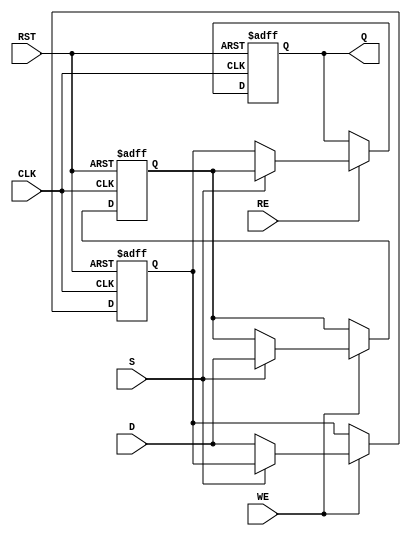
module double_buffer_register #(
    parameter DATA_WIDTH = 8  // Parameter for data width, can be modified as needed
)(
    input wire [DATA_WIDTH-1:0] D,      // Data input
    input wire WE,                       // Write Enable
    input wire RE,                       // Read Enable
    input wire S,                        // Select buffer (0 for Buffer A, 1 for Buffer B)
    input wire CLK,                      // Clock signal
    input wire RST,                      // Reset signal
    output reg [DATA_WIDTH-1:0] Q       // Data output
);

    // Internal registers for Buffer A and Buffer B
    reg [DATA_WIDTH-1:0] buffer_a;
    reg [DATA_WIDTH-1:0] buffer_b;

    // Asynchronous reset and read/write operation on clock edge
    always @(posedge CLK or posedge RST) begin
        if (RST) begin
            // Reset both buffers to zero
            buffer_a <= {DATA_WIDTH{1'b0}};
            buffer_b <= {DATA_WIDTH{1'b0}};
            Q <= {DATA_WIDTH{1'b0}};  // Ensure output is also reset
        end else begin
            // Write operation
            if (WE) begin
                if (S) begin
                    // Write to Buffer B
                    buffer_b <= D;
                end else begin
                    // Write to Buffer A
                    buffer_a <= D;
                end
            end

            // Read operation
            if (RE) begin
                if (S) begin
                    // Read from Buffer B
                    Q <= buffer_b;
                end else begin
                    // Read from Buffer A
                    Q <= buffer_a;
                end
            end
        end
    end

endmodule